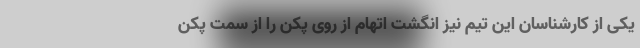
یکی از کارشناسان این تیم نیز انگشت اتهام از روی پکن را از سمت پکن